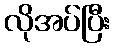
လိုအပ်ပြီး